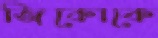
জিকোকে